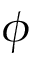
\phi